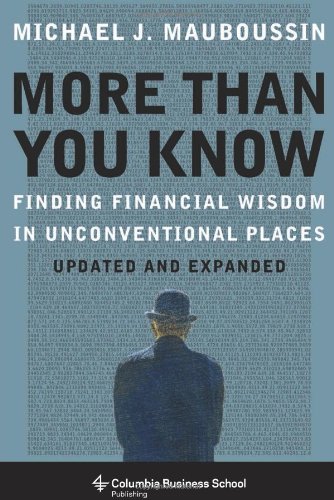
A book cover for More More Than You Know: Finding Financial Wisdom in Unconventional Places (Updated and Expanded) (Columbia Business School Publishing); Michael J. Mauboussin; Business & Money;